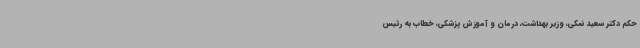
حکم دکتر سعید نمکی، وزیر بهداشت، درمان و آموزش پزشکی، خطاب به رئیس